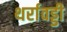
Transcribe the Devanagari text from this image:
थर्रावड्डी